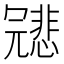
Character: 𠖤